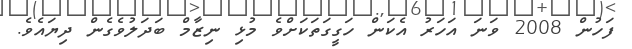
ފަހުން 2008 ވަނަ އަހަރު އެކަން ހަގީގަތަކަށްވެ މުޅި ނިޒާމް ބަދަލުވެގެން ދިޔައެވެ.